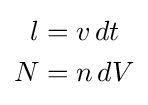
{\begin{aligned}l&=v\,dt\\N&=n\,dV\end{aligned}}